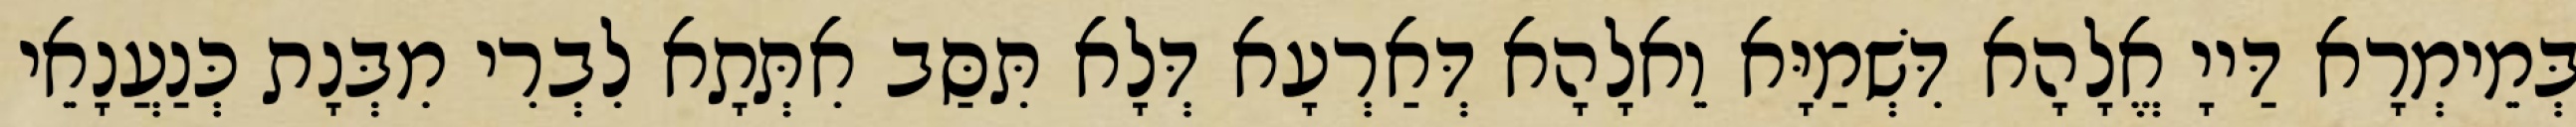
בְּמֵימְרָא דַּייָ אֱלָהָא דִּשְׁמַיָּא וֵאלָהָא דְּאַרְעָא דְּלָא תִּסַּב אִתְּתָא לִבְרִי מִבְּנָת כְּנַעֲנָאֵי